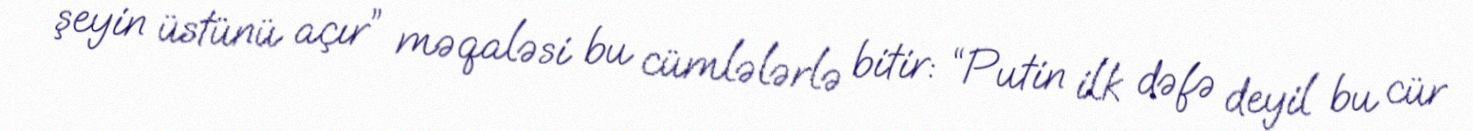
şeyin üstünü açır” məqaləsi bu cümlələrlə bitir: “Putin ilk dəfə deyil bu cür